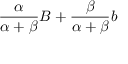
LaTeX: { \frac { \alpha } { \alpha + \beta } } B + { \frac { \beta } { \alpha + \beta } } b